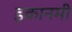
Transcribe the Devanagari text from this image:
इकानमी